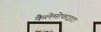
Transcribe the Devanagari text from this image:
कैलेमोफाइटा